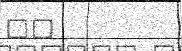
٨٢